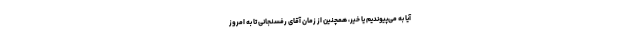
آیا به می‌پیوندیم یا خیر، همچنین از زمان آقای رفسنجانی تا به امروز